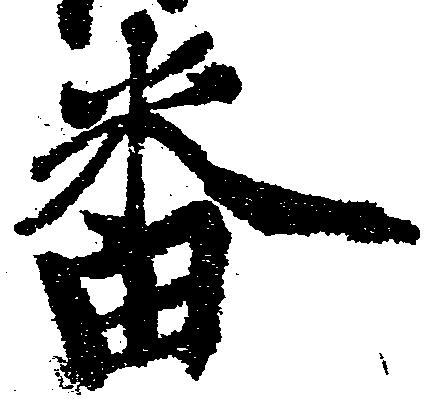
番